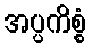
အပ္ပကိစ္စံ